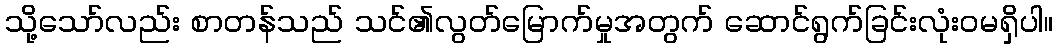
သို့သော်လည်း စာတန်သည် သင်၏လွတ်မြောက်မှုအတွက် ဆောင်ရွက်ခြင်းလုံးဝမရှိပါ။